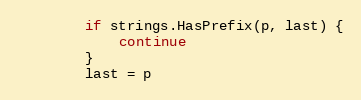
Language: Go
		if strings.HasPrefix(p, last) {
			continue
		}
		last = p